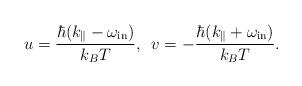
LaTeX: \begin{align*}u=\frac{\hbar(k_{\|}-\omega_{\rm in})}{k_B T},\,\,\,v=-\frac{\hbar(k_{\|}+\omega_{\rm in})}{k_B T}.\end{align*}